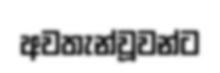
අවතැන්වූවන්ට